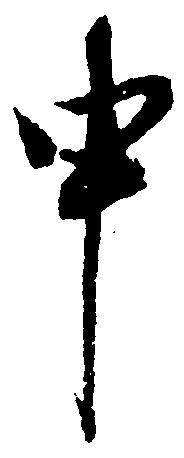
申